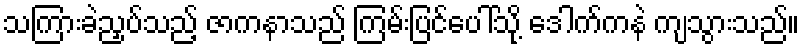
သကြားခဲညှပ်သည့် ဇာကနာသည် ကြမ်းပြင်ပေါ်သို့ ဒေါက်ကနဲ ကျသွားသည်။